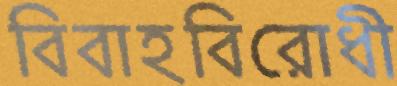
বিবাহবিরোধী